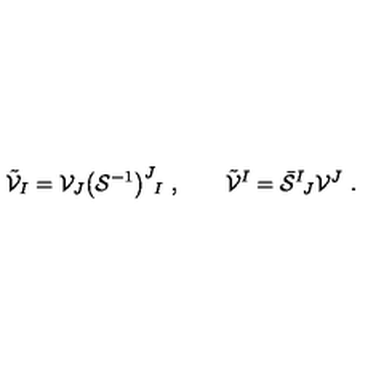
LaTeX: \tilde { \cal V } _ { I } = { \cal V } _ { J } \big ( { \cal S } ^ { - 1 } \big ) ^ { J } { } _ { \! I } \ , \qquad \tilde { \cal V } ^ { I } = \bar { \cal S } ^ { I } { } _ { \! J } { \cal V } ^ { J } \ .